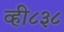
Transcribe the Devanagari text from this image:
व्ही८३८